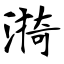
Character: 漪